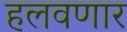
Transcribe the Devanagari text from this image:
हलवणार